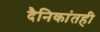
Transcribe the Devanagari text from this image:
दैनिकांतही